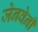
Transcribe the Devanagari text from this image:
जेनवेनी